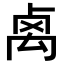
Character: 𥜽